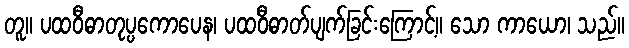
တူ။ ပထဝီဓာတုပ္ပကောပေန၊ ပထဝီဓာတ်ပျက်ခြင်းကြောင့်။ သော ကာယော၊ သည်။